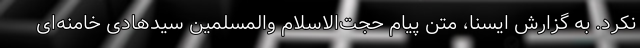
نکرد. به گزارش ایسنا، متن پیام حجت‌الاسلام والمسلمین سیدهادی خامنه‌ای